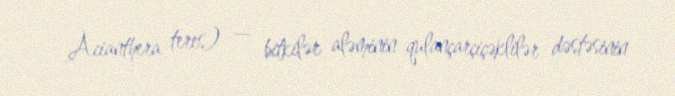
Acianthera teres) — bitkilər aləminin qulançarçiçəklilər dəstəsinin